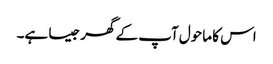
اس کا ماحول آپ کے گھر جیسا ہے۔